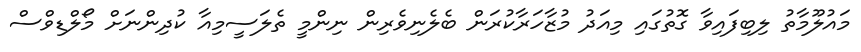
މައުލޫމާތު ލިބިފައިވާ ގޮތުގައި މިއަދު މުޒާހަރާކުރަން ބެލެނިވެރިން ނިންމީ ތެލަސީމިއާ ކުދިންނަށް މޯލްޑިވްސް